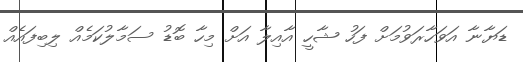
ޑަޔާނާ އަވަހާރަވުމަށް ފަހު ޝާހީ އާއިލާ އަށް މިހާ ބޮޑު ސަމާލުކަމެއް ލިބިފައެއް